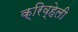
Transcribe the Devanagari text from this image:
क्रिव्हेली